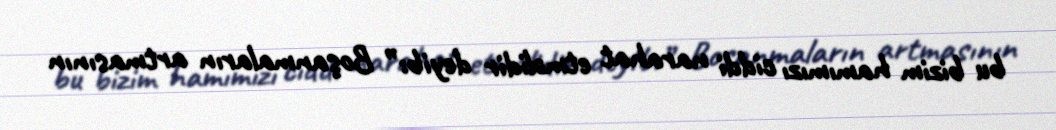
bu bizim hamımızı ciddi narahat etməlidir deyib:” Boşanmaların artmasının